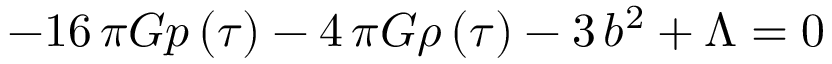
- 1 6 \, \pi G p \left( { \tau } \right) - 4 \, \pi G \rho \left( { \tau } \right) - 3 \, b ^ { 2 } + \Lambda = 0